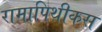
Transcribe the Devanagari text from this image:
रामापिथीकस